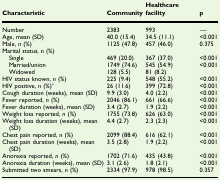
<table><thead><tr><td><b>Characteristic</b></td><td><b>Community</b></td><td><b>Healthcare facility</b></td><td><b>p</b></td></tr></thead><tbody><tr><td>Number</td><td>2383</td><td>993</td><td>—</td></tr><tr><td>Age, mean (SD)</td><td>40.0 (15.4)</td><td>34.5 (11.1)</td><td>&lt;0.001</td></tr><tr><td>Male, <i>n</i> (%)</td><td>1125 (47.8)</td><td>457 (46.0)</td><td>0.375</td></tr><tr><td colspan="4">Marital status, <i>n</i> (%)</td></tr><tr><td> Single</td><td>469 (20.0)</td><td>367 (37.0)</td><td>&lt;0.001</td></tr><tr><td> Married/union</td><td>1749 (74.6)</td><td>545 (54.9)</td><td>&lt;0.001</td></tr><tr><td> Widowed</td><td>128 (5.5)</td><td>81 (8.2)</td><td></td></tr><tr><td>HIV status known, <i>n</i> (%)</td><td>225 (9.4)</td><td>548 (55.2)</td><td>&lt;0.001</td></tr><tr><td>HIV positive, <i>n</i> (%)a</td><td>26 (11.6)</td><td>399 (72.8)</td><td>&lt;0.001</td></tr><tr><td>Cough duration (weeks), mean (SD)</td><td>9.9 (3.0)</td><td>4.0 (2.2)</td><td>&lt;0.001</td></tr><tr><td>Fever reported, <i>n</i> (%)</td><td>2046 (86.1)</td><td>661 (66.6)</td><td>&lt;0.001</td></tr><tr><td>Fever duration (weeks), mean (SD)</td><td>3.4 (2.7)</td><td>1.9 (2.2)</td><td>&lt;0.001</td></tr><tr><td>Weight loss reported, <i>n</i> (%)</td><td>1755 (73.8)</td><td>626 (63.0)</td><td>&lt;0.001</td></tr><tr><td>Weight loss duration (weeks), mean (SD)</td><td>4.4 (2.7)</td><td>2.3 (2.3)</td><td>&lt;0.001</td></tr><tr><td>Chest pain reported, <i>n</i> (%)</td><td>2099 (88.4)</td><td>616 (62.1)</td><td>&lt;0.001</td></tr><tr><td>Chest pain duration (weeks), mean (SD)</td><td>3.5 (2.8)</td><td>1.9 (2.2)</td><td>&lt;0.001</td></tr><tr><td>Anorexia reported, <i>n</i> (%)</td><td>1702 (71.6)</td><td>435 (43.8)</td><td>&lt;0.001</td></tr><tr><td>Anorexia duration (weeks), mean (SD)</td><td>3.1 (2.6)</td><td>1.8 (2.1)</td><td>&lt;0.001</td></tr><tr><td>Submitted two smears, <i>n</i> (%)</td><td>2334 (97.9)</td><td>978 (98.5)</td><td>0.357</td></tr></tbody></table>